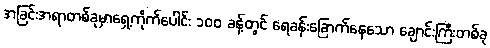
အခြင်းအရာတစ်ခုမှာရှေ့ကိုက်ပေါင်း ၁၀၀ ခန့်တွင် ရေခန်းခြောက်နေသော ချောင်းကြီးတစ်ခု